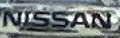
NISSAN